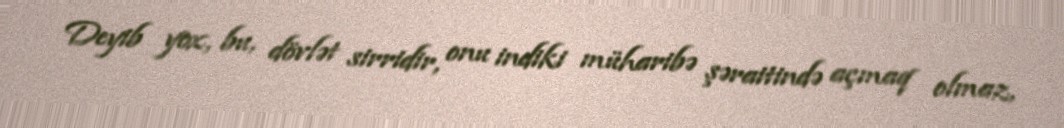
Deyib yox, bu, dövlət sirridir, onu indiki müharibə şəraitində açmaq olmaz,